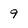
Character: 9